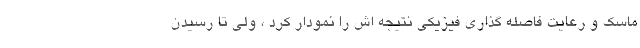
ماسک و رعایت فاصله گذاری فیزیکی نتیجه اش را نمودار کرد ، ولی تا رسیدن